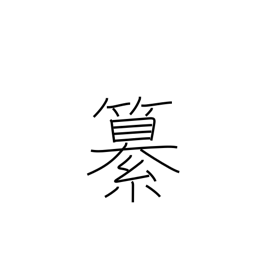
Meaning: editing